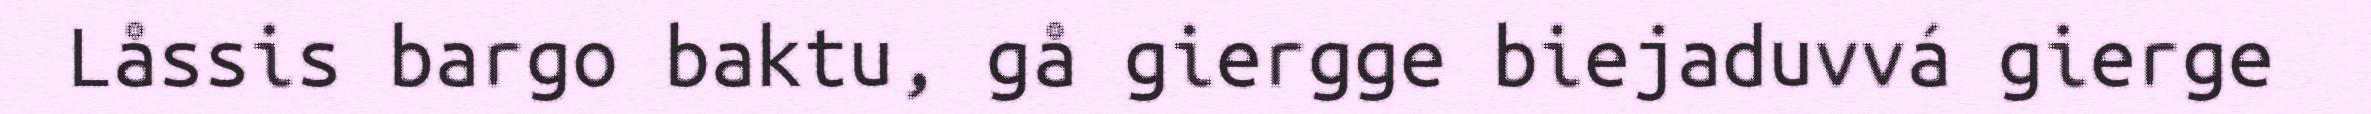
Låssis bargo baktu, gå giergge biejaduvvá gierge